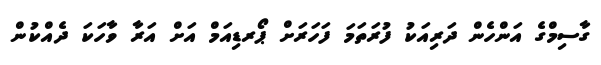
ގާސިމްގެ އަންހެން ދަރިއަކު ފުރަތަމަ ފަހަރަށް ޕޯރޑިއަމް އަށް އަރާ ވާހަކަ ދެއްކުން